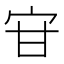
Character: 𭓣